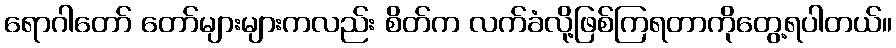
ရောဂါတော် တော်များများကလည်း စိတ်က လက်ခံလို့ဖြစ်ကြရတာကိုတွေ့ရပါတယ်။